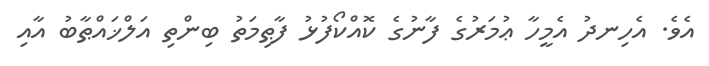
އެވެ. އެހިނދު އެމީހާ ޢުމަރުގެ ފާނުގެ ކޮއްކޯފުޅު ފާޠިމަތު ބިންތި އަލްޚައްޠާބު އާއި